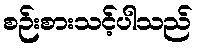
စဉ်းစားသင့်ပါသည်